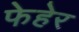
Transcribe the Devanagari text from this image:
फेहेर